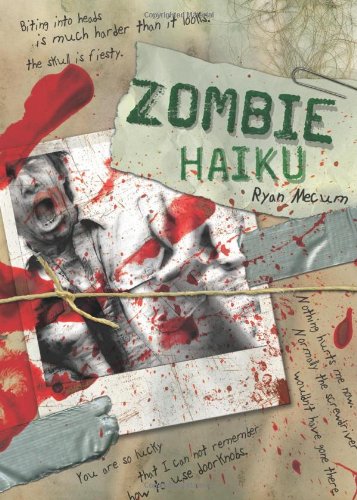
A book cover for Zombie Haiku: Good Poetry For Your...Brains; Ryan Mecum; Humor & Entertainment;